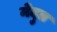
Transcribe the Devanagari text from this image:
मेदुत